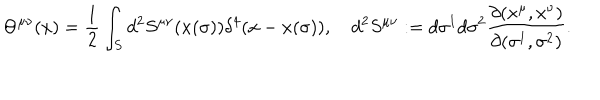
\Theta ^ { \mu \nu } ( x ) = { \frac { 1 } { 2 } } \int _ { S } d ^ { 2 } S ^ { \mu \nu } ( x ( \sigma ) ) \delta ^ { 4 } ( x - x ( \sigma ) ) , \quad d ^ { 2 } S ^ { \mu \nu } : = d \sigma ^ { 1 } d \sigma ^ { 2 } { \frac { \partial ( x ^ { \mu } , x ^ { \nu } ) } { \partial ( \sigma ^ { 1 } , \sigma ^ { 2 } ) } } .